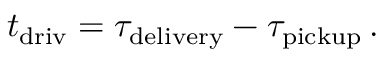
\begin{array} { r } { t _ { \mathrm { d r i v } } = \tau _ { \mathrm { d e l i v e r y } } - \tau _ { \mathrm { p i c k u p } } \, . } \end{array}